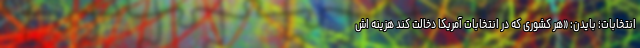
انتخابات؛ بایدن: «هر کشوری که در انتخابات آمریکا دخالت کند هزینه اش